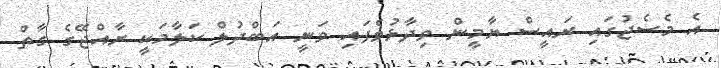
އެ މެސެޖުގައި ރައީސް ޔާމީން ވިދާޅުވެފައި ވަނީ އަބްދުލް ކަލާމަކީ ރާއްޖޭގެ ގާތް